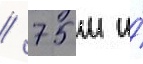
/ 75 м и́